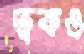
ত্বকও